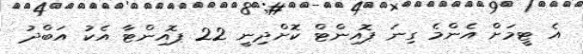
އެ ޓީމަށް އެންމެ ގިނަ ޕޮއިންޓް ކޮށްދިނީ 22 ޕޮއިންޓާ އެކު އަބްދު